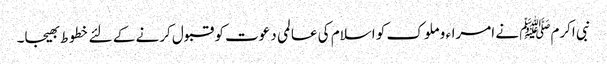
نبی اکرمﷺ نے امراء و ملوک کو اسلام کی عالمی دعوت کو قبول کرنے کے لئے خطوط بھیجا۔